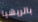
باتريشيا